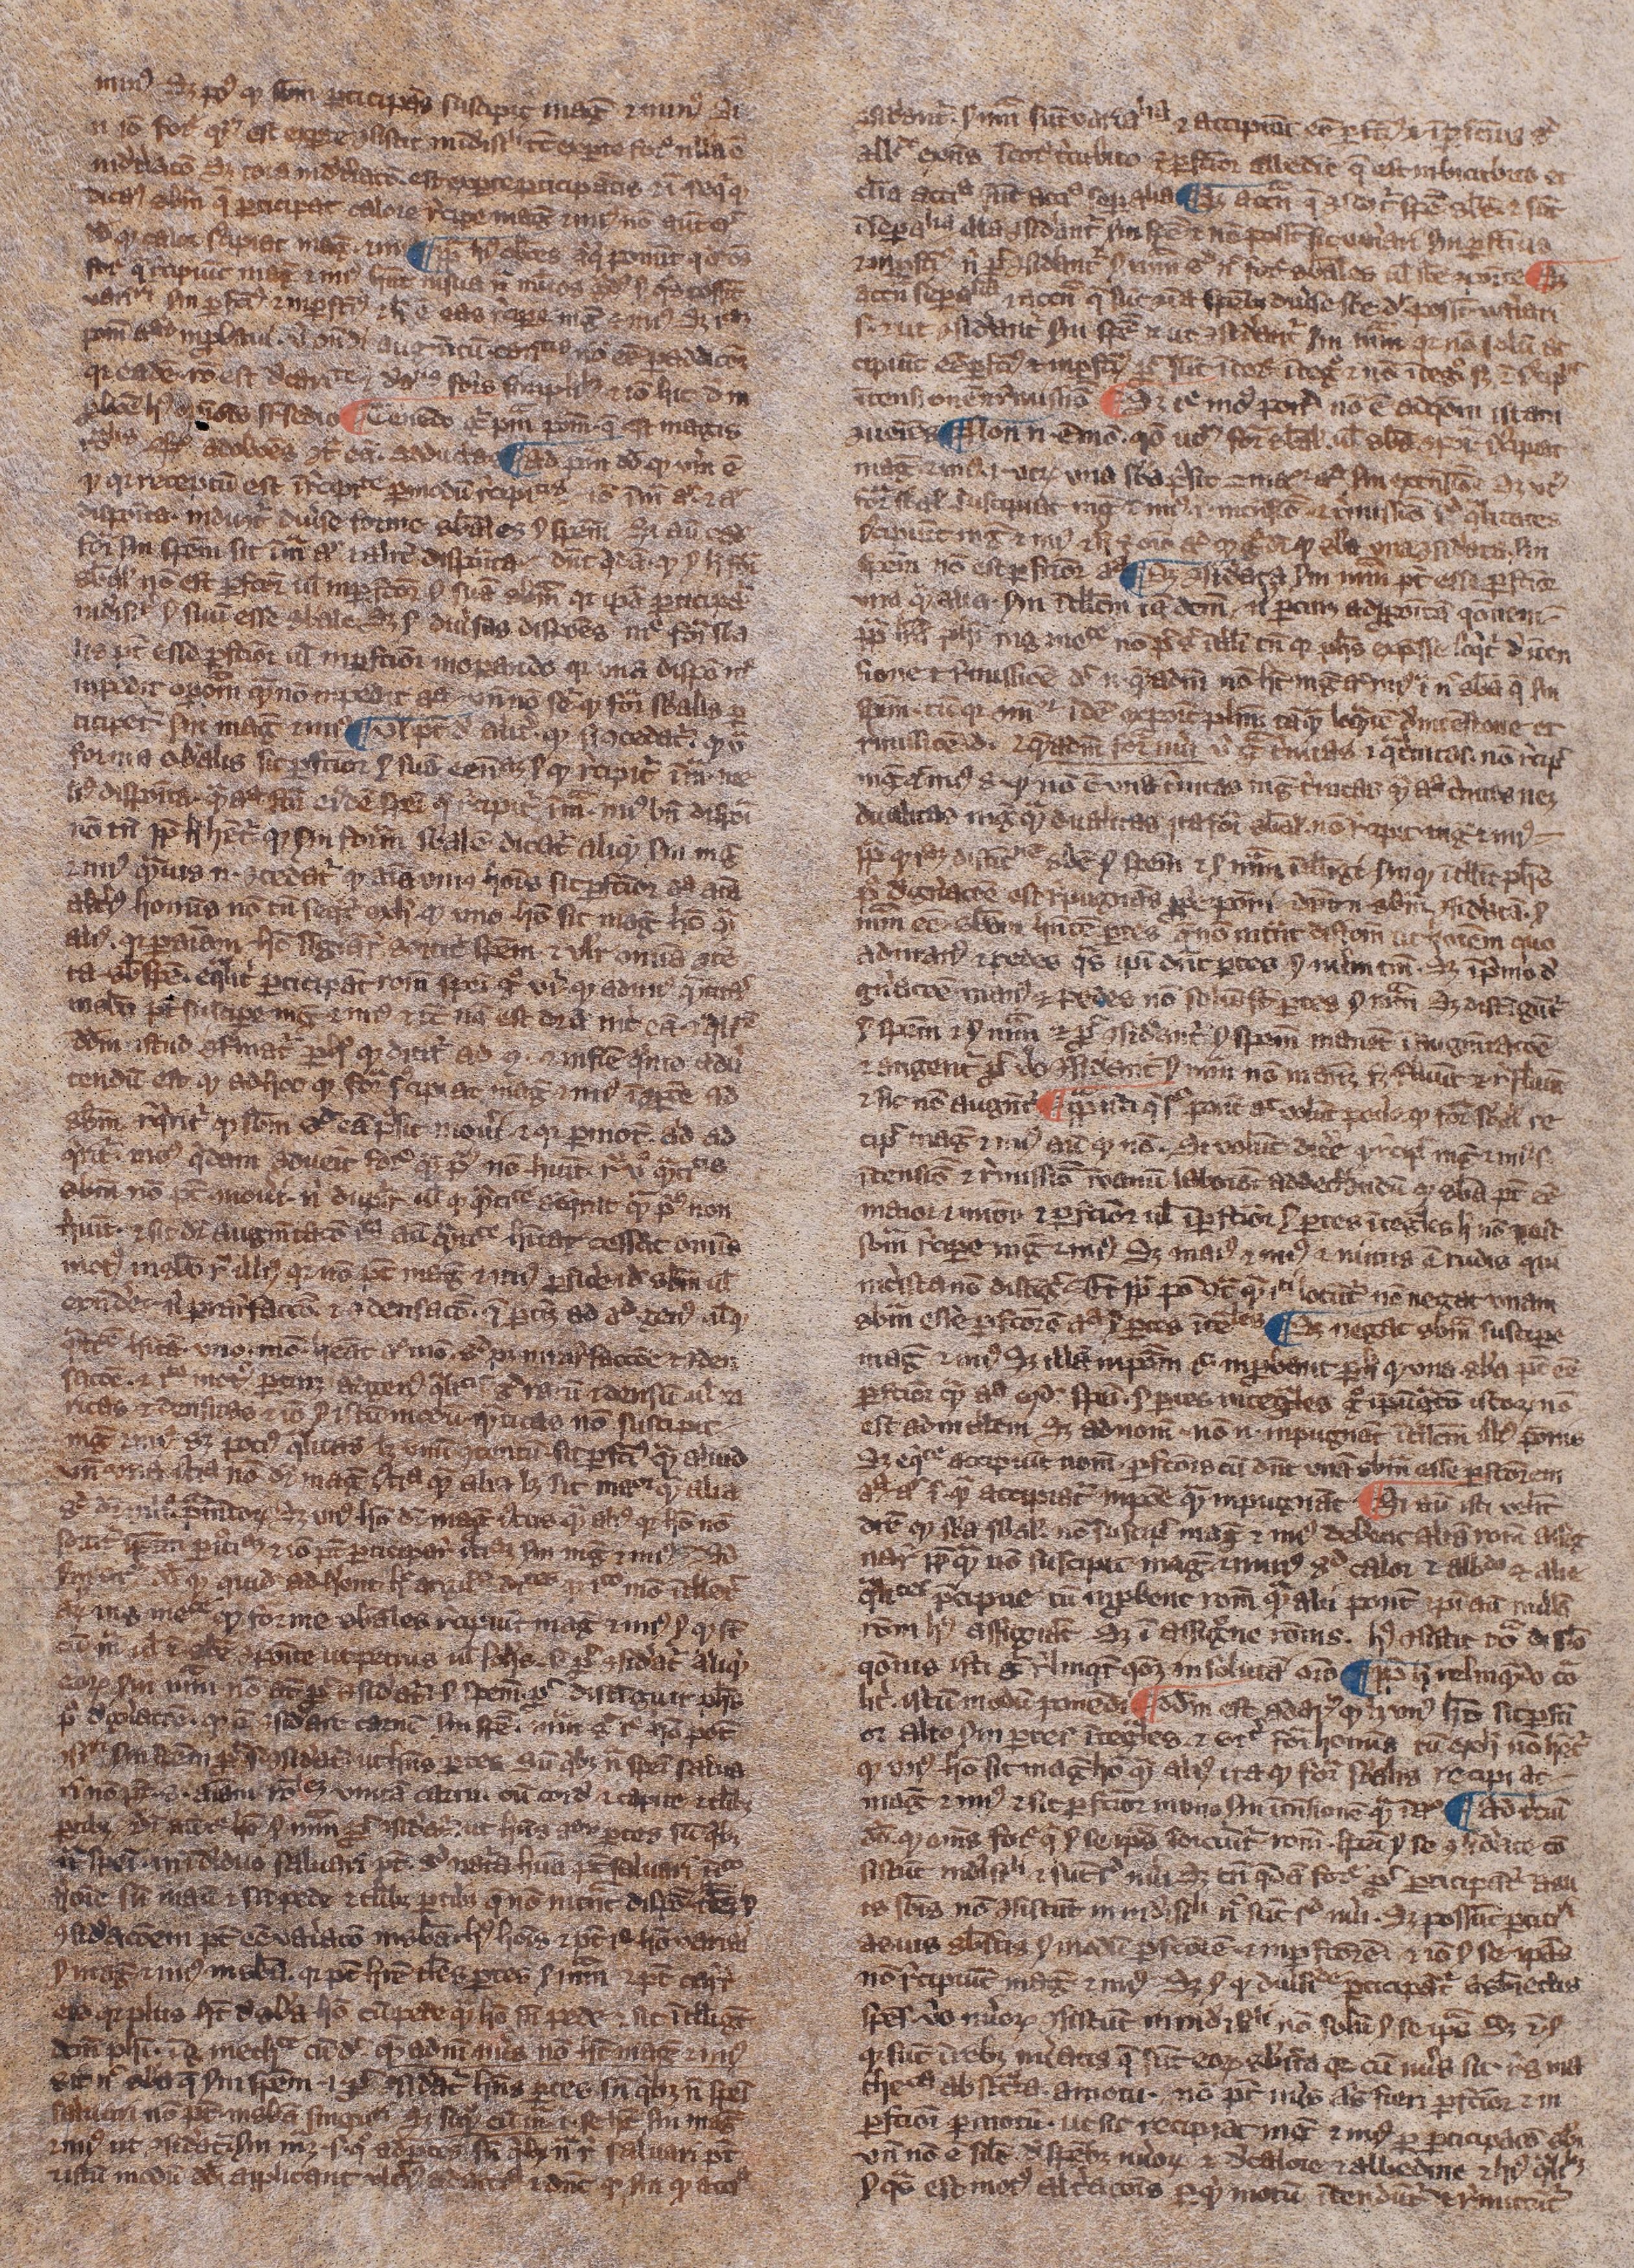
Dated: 1300–1399